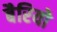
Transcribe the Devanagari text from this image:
बैरियो